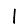
Digit: 1